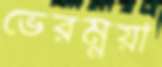
ভেরম্নয়া